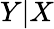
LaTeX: Y|X